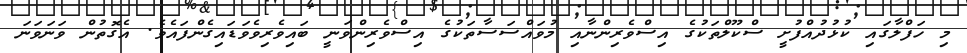
މި ހަފްލާގައި ކުޅުދުއްފުށީ ސްކޫލްތަކުގެ އިސްވެރިންނާއި މުވައްސަސާތަކުގެ އިސްވެރިންވަނީ ބައިވެރިވެވަޑައިގެންފައެވެ. އެގޮތުން ވަނަވަނަ